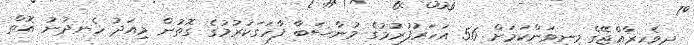
ދިވެހިރާއްޖޭގެ މިނިވަންކަމަށް 56 އަހަރުފުރުމުގެ މުނާސަބާ ފާހަގަކުރުމުގެ ގޮތުން މިއަދު ހެނދުނު އޮތް